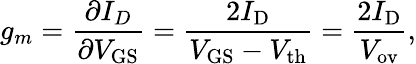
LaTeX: g_{m}={\frac{\partial I_{D}}{\partial V_{\mathrm{GS}}}}={\frac{2I_{\mathrm{D}}}{V_{\mathrm{GS}}-V_{\mathrm{th}}}}={\frac{2I_{\mathrm{D}}}{V_{\mathrm{ov}}}},